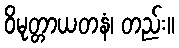
ဝိမုတ္တာယတနံ၊ တည်း။